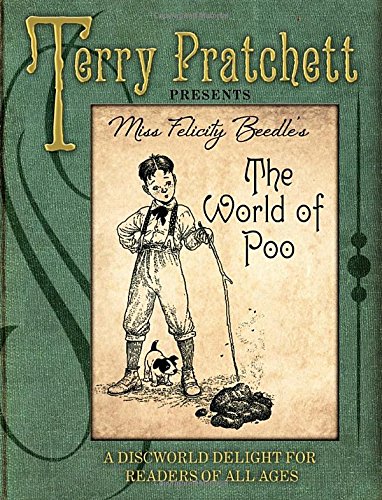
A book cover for The World of Poo; Terry Pratchett; Literature & Fiction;